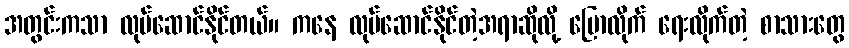
အတွင်းကသာ လုပ်ဆောင်နိုင်တယ်။ ကနေ လုပ်ဆောင်နိုင်တဲ့အရာဆိုလို့ ပြောလိုက် ရေးလိုက်တဲ့ စာသားတွေ